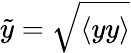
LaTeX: \tilde{y}=\sqrt{\langle{yy}\rangle}